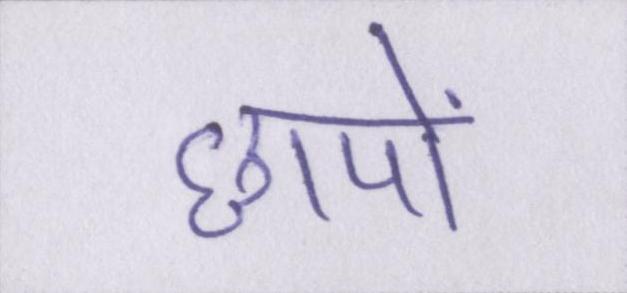
छापों